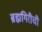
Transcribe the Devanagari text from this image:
ब्रह्मगिरीची